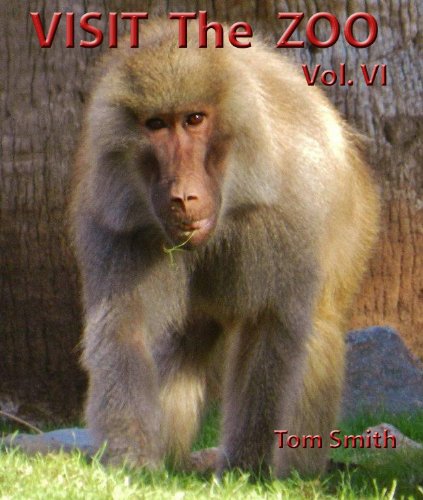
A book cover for Visit the Zoo, vol. VI; Tom Smith; Teen & Young Adult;